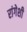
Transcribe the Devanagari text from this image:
रांगेशी